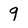
Character: 9